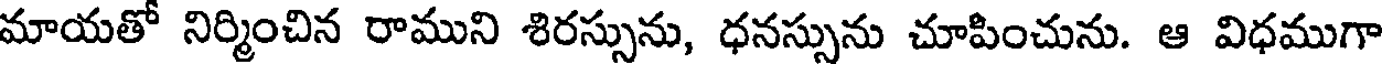
మాయతో నిర్మించిన రాముని శిరస్సును, ధనస్సును చూపించును. ఆ విధముగా